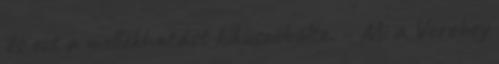
és ezt a mellékhatást kiküszöbölte. – Mi a Verebey